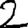
Digit: 2